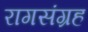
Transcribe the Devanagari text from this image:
रागसंग्रह